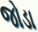
જોડા